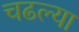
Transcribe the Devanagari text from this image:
चढल्या